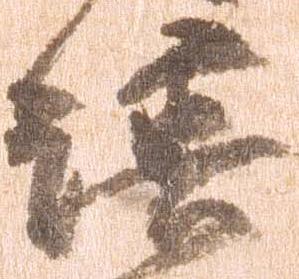
譜